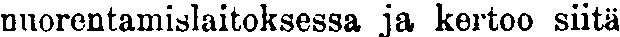
nuorentamislaitoksessa ja kertoo siitä